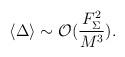
LaTeX: \begin{align*}\langle \Delta \rangle \sim {\cal O}(\frac{F_{\Sigma}^2}{M^3}).\end{align*}